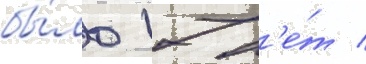
бы́ло 17 л'е́т /